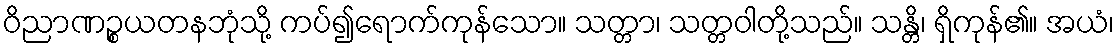
ဝိညာဏဉ္စယတနဘုံသို့ ကပ်၍ရောက်ကုန်သော။ သတ္တာ၊ သတ္တဝါတို့သည်။ သန္တိ၊ ရှိကုန်၏။ အယံ၊